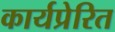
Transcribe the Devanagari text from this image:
कार्यप्रेरित